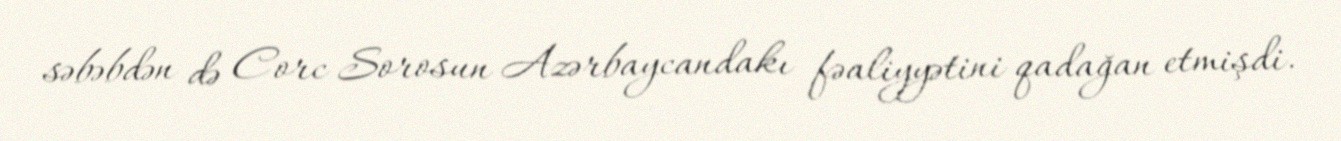
səbəbdən də Corc Sorosun Azərbaycandakı fəaliyyətini qadağan etmişdi.